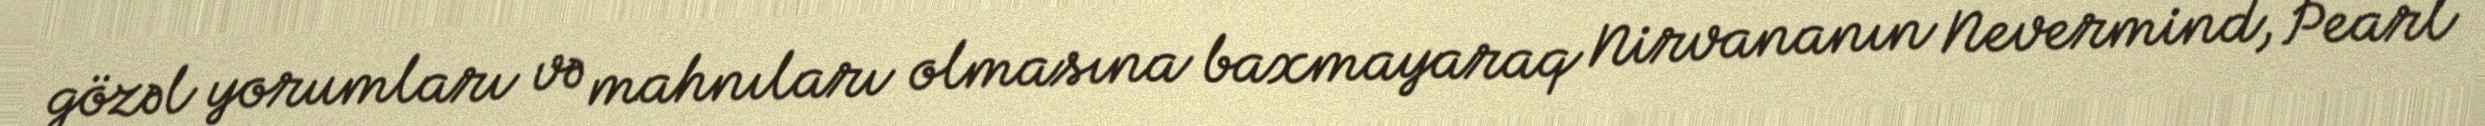
gözəl yorumları və mahnıları olmasına baxmayaraq Nirvananın Nevermind, Pearl